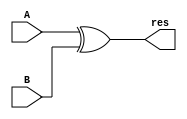
module xor32(input [31:0] A,
				 input [31:0] B,
				 output [31:0] res
				);
	assign res = A ^ B;		//32
endmodule